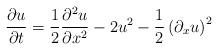
LaTeX: \begin{align*}\frac{\partial u}{\partial t}=\frac{1}{2}\frac{\partial ^{2}u}{\partial x^{2}}-2u^{2}-\frac{1}{2}\left( \partial _{x}u\right) ^{2} \end{align*}